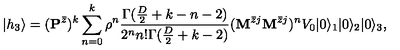
| h _ { 3 } \rangle = ( { \bf P } ^ { \bar { z } } ) ^ { k } \sum _ { n = 0 } ^ { k } \rho ^ { n } \frac { \Gamma ( \frac { D } { 2 } + k - n - 2 ) } { 2 ^ { n } n ! \Gamma ( \frac { D } { 2 } + k - 2 ) } ( { \bf M } ^ { \bar { z } j } { \bf M } ^ { \bar { z } j } ) ^ { n } V _ { 0 } | 0 \rangle _ { 1 } | 0 \rangle _ { 2 } | 0 \rangle _ { 3 } ,